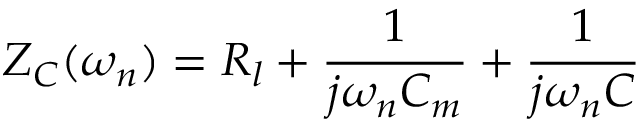
Z _ { C } ( \omega _ { n } ) = R _ { l } + \frac { 1 } { j \omega _ { n } C _ { m } } + \frac { 1 } { j \omega _ { n } C }